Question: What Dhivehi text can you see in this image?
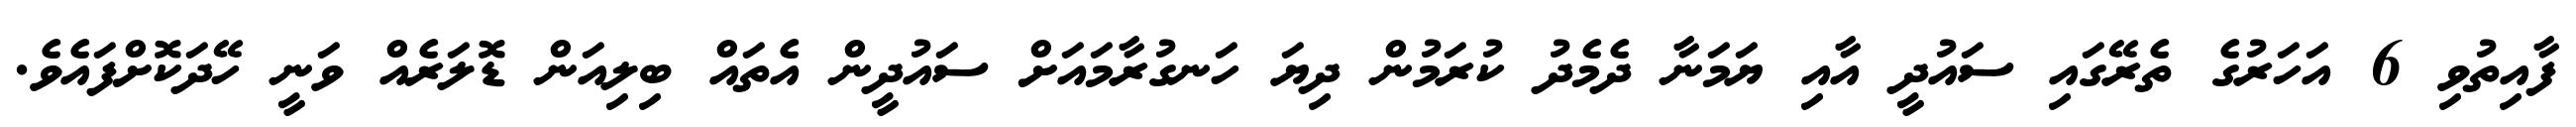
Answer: ފާއިތުވި 6 އަހަރުގެ ތެރޭގައި ސައުދީ އާއި ޔަމަނާ ދެމެދު ކުރަމުން ދިޔަ ހަނގުރާމައަށް ސައުދީން އެތައް ބިލިއަން ޑޮލަރެއް ވަނީ ހޭދަކޮށްފައެވެ.